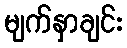
မျက်နှာချင်း